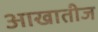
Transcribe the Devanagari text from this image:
आखातीज